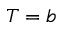
T = b